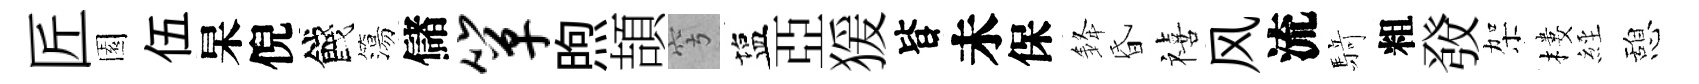
匠園伍杲倪餞簜儲箪煦頡穹塩亞猨𣅜未保𨦟昏禧风流𮪍粗𤼲架樓𦀇憩